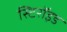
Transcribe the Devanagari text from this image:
स्टिरॉइड